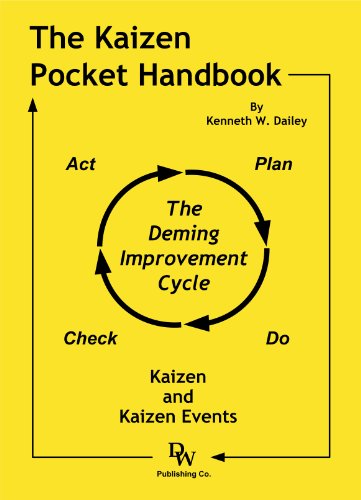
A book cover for The Kaizen Pocket Handbook; Kenneth W. Dailey; Business & Money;